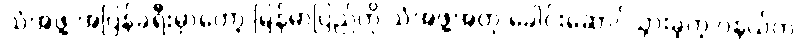
သံအဖွဲ့ အပြန်ခရီးမှာတော့ မြန်မာပြည်ကို သံအဖွဲ့အတု ခေါင်းဆောင်သွားခဲ့တဲ့ ဝနယ်က